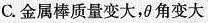
C. 金属棒质量变大，θ角变大